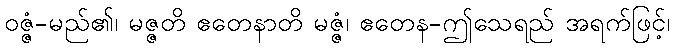
ဝဇ္ဇံ-မည်၏၊ မဇ္ဇတိ ဧတေနာတိ မဇ္ဇံ၊ ဧတေန-ဤသေရည် အရက်ဖြင့်၊